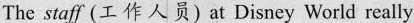
The staff (工作人员) at Disney World really